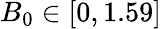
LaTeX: B_{0}\in[0,1.59]